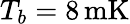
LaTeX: T_{b}=8\, \mathrm{mK}